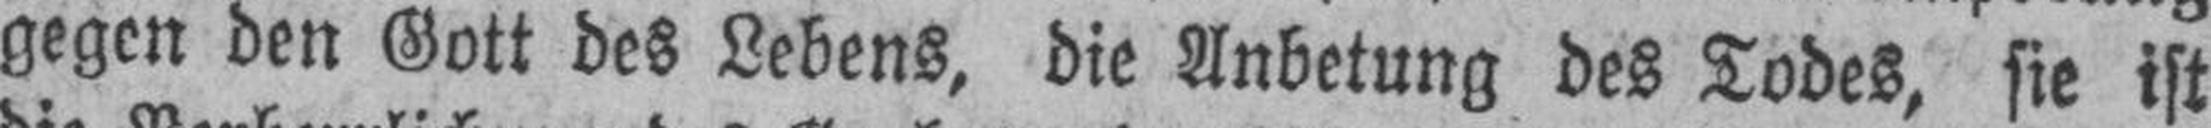
gegen den Gott des Lebens, die Anbetung des Todes, sie ist